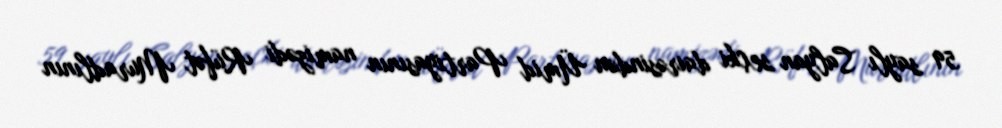
59 saylı Salyan seçki dairəsindən Ümid Partiyasının namizədi Rüfət Muradlının